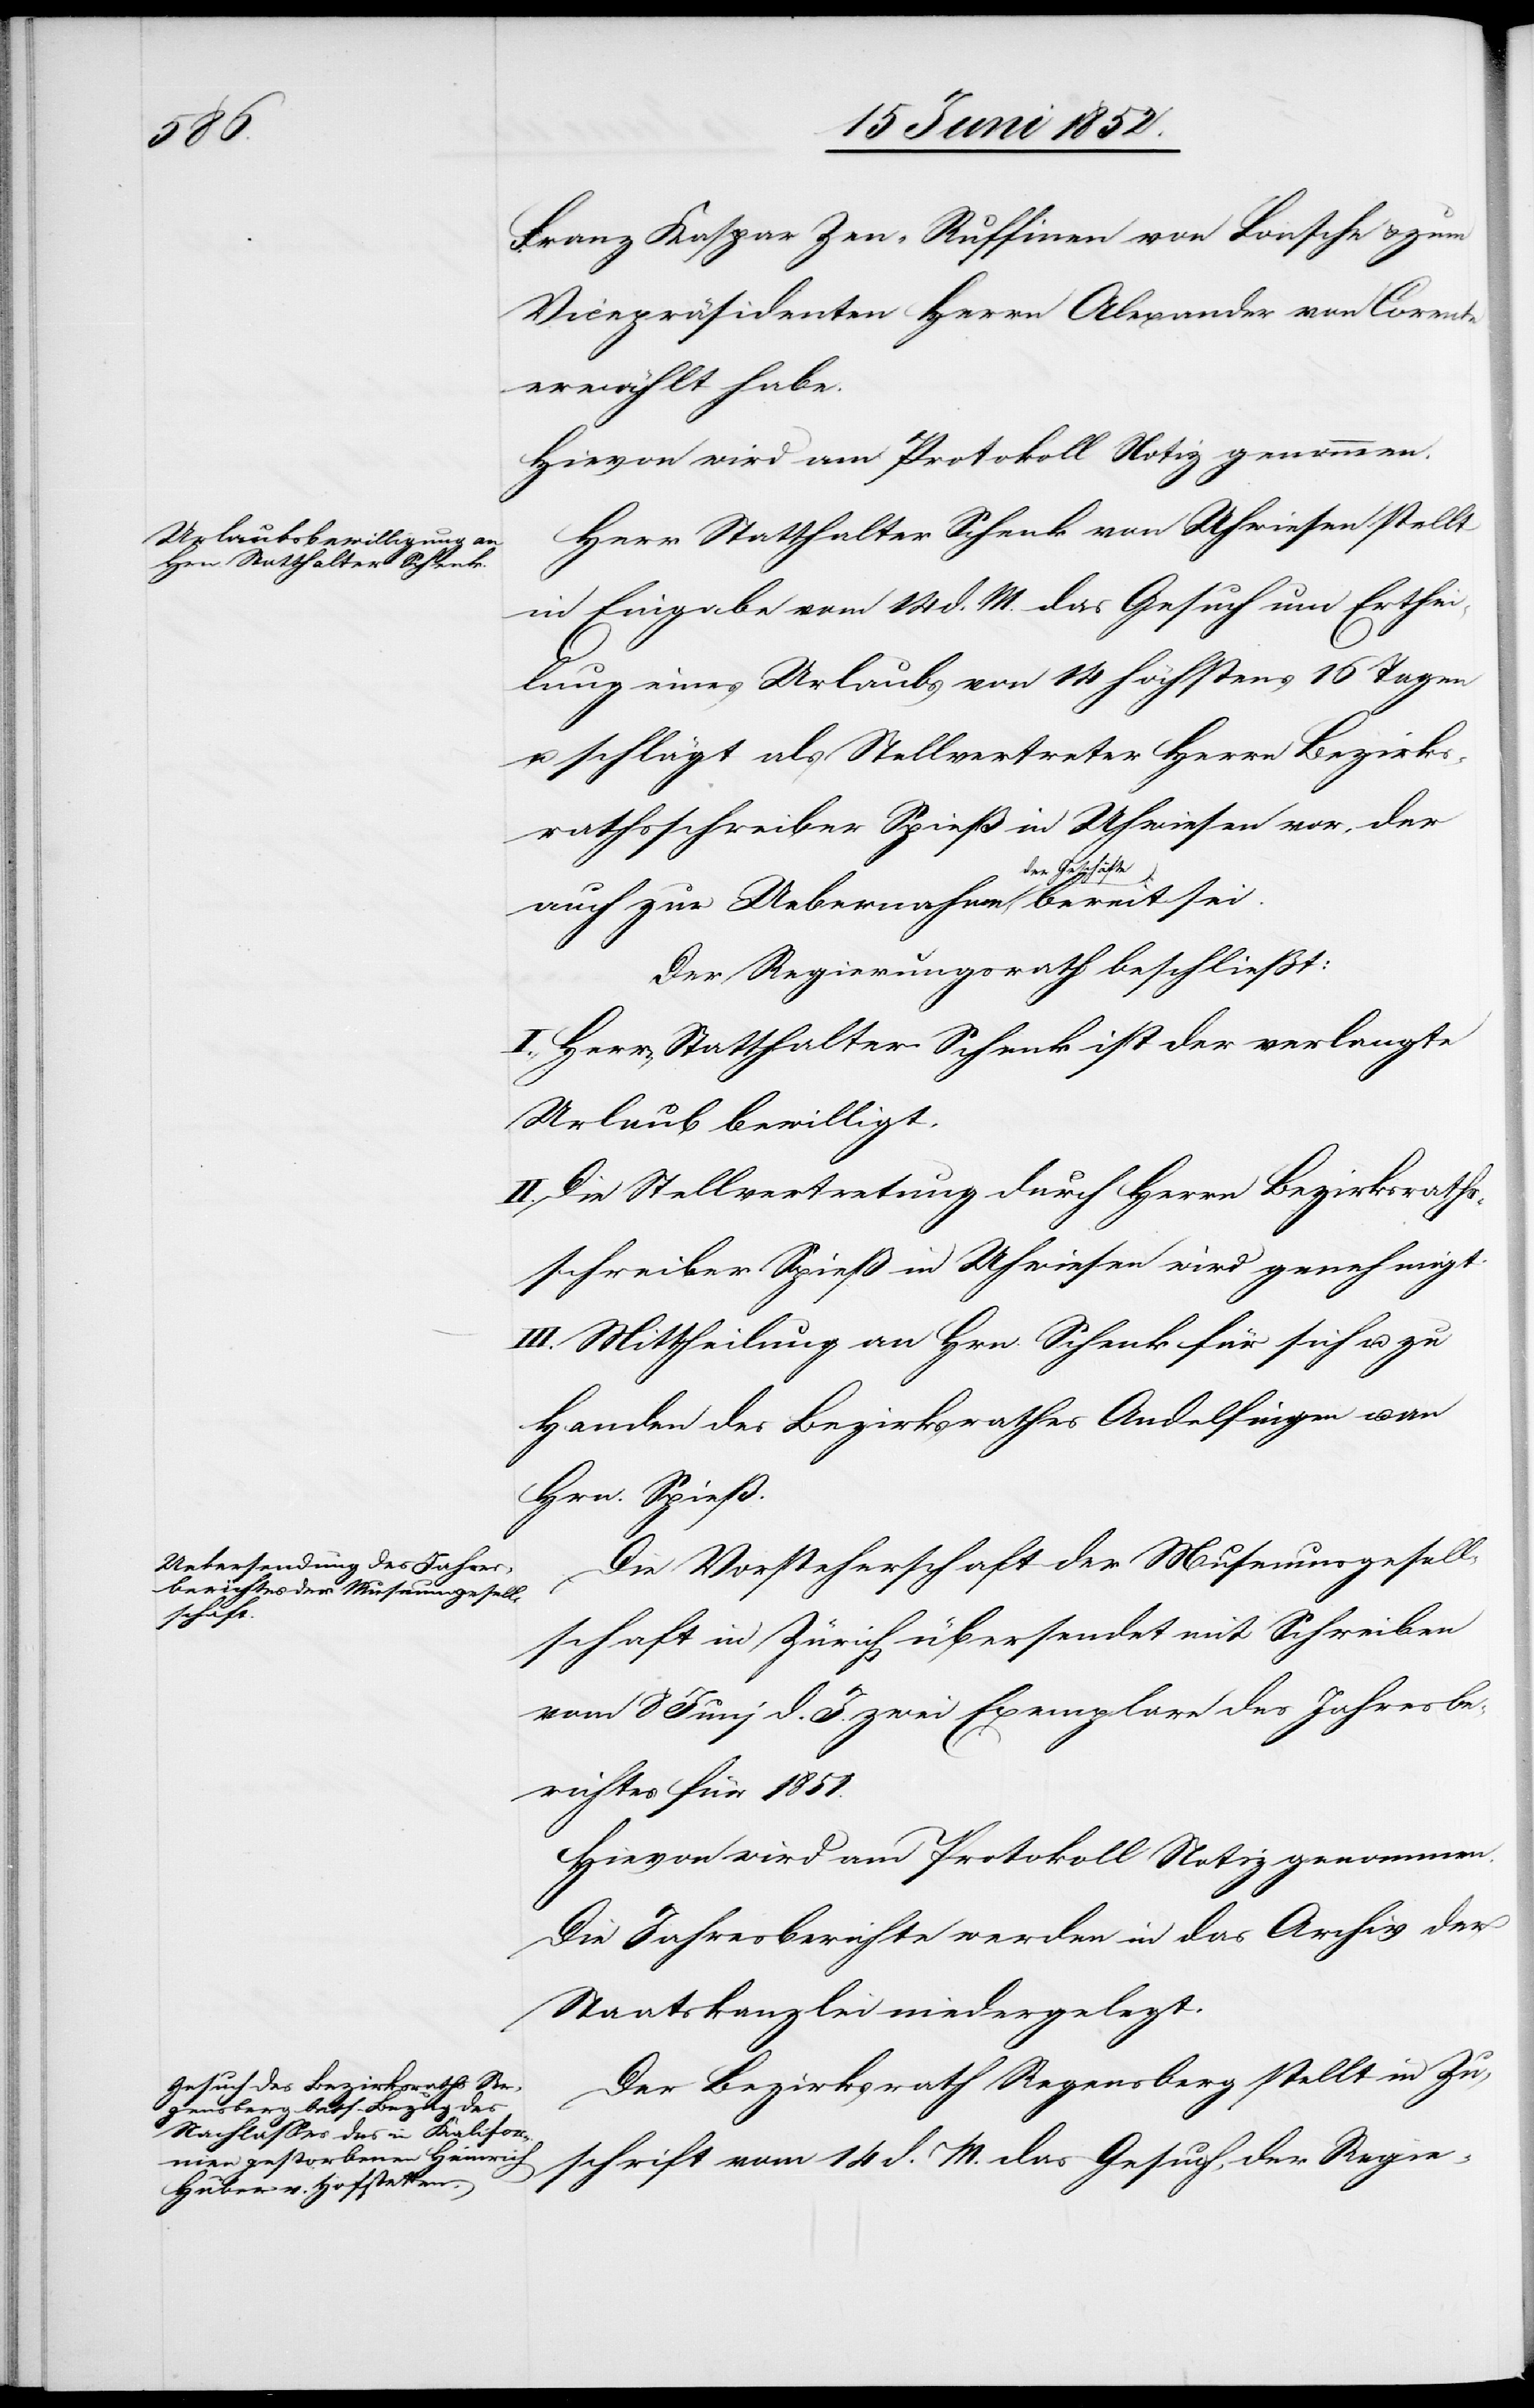
sei.

Franz Kaspar Zen-Ruffinen von Lonsche & zum
Vicepräsidenten Herrn Alexander von Corente
erwählt habe.
Hievon wird am Protokoll Notiz genommen.
Herr Statthalter Schenk von Uhwiesen stellt
Eingabe vom 14 d. M. das Gesuch um Erthei¬
lung eines Urlaubs von 14 höchstens 16 Tagen
u. schlägt als Stellvertreter Herrn Bezirks¬
rathsschreiber Spieß in Uhwiesen vor, der
der Geschäfte
Der Regierungsrath beschließt:
I., Herrn Statthalter Schenk ist der verlangte
Urlaub bewilligt.
II. Die Stellvertretung durch Herrn Bezirksraths¬
schreiber Spieß in Uhwiesen wird genehmigt.
III. Mittheilung an Hrn. Schenk für sich u. zu
Handen des Bezirksrathes Andelfingen u. an
Hrn. Spieß.
Die Vorsteherschaft der Museumsgesell¬
schaft in Zürich übersendet mit Schreiben
vom 8 Juni d. J. zwei Exemplare des Jahresbe¬
richtes für 1851.
Hievon wird am Protokoll Notiz genommen.
Die Jahresberichte werden in das Archiv der
Staatskanzlei niedergelegt.
Der Bezirksrath Regensberg stellt in Zu¬
schrift vom 14 d. M. das Gesuch, der Regie-